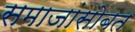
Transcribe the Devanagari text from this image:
समाजांसोबत